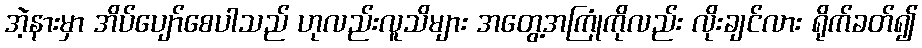
အဲ့နားမှာ အိပ်ပျော်စေပါသည် ဟုလည်းလူသိများ အတွေ့အကြုံကိုလည်း လိုးချင်လား ရိုက်ခတ်၍